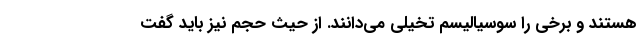
هستند و برخی را سوسیالیسم تخیلی می‌دانند. از حیث حجم نیز باید گفت